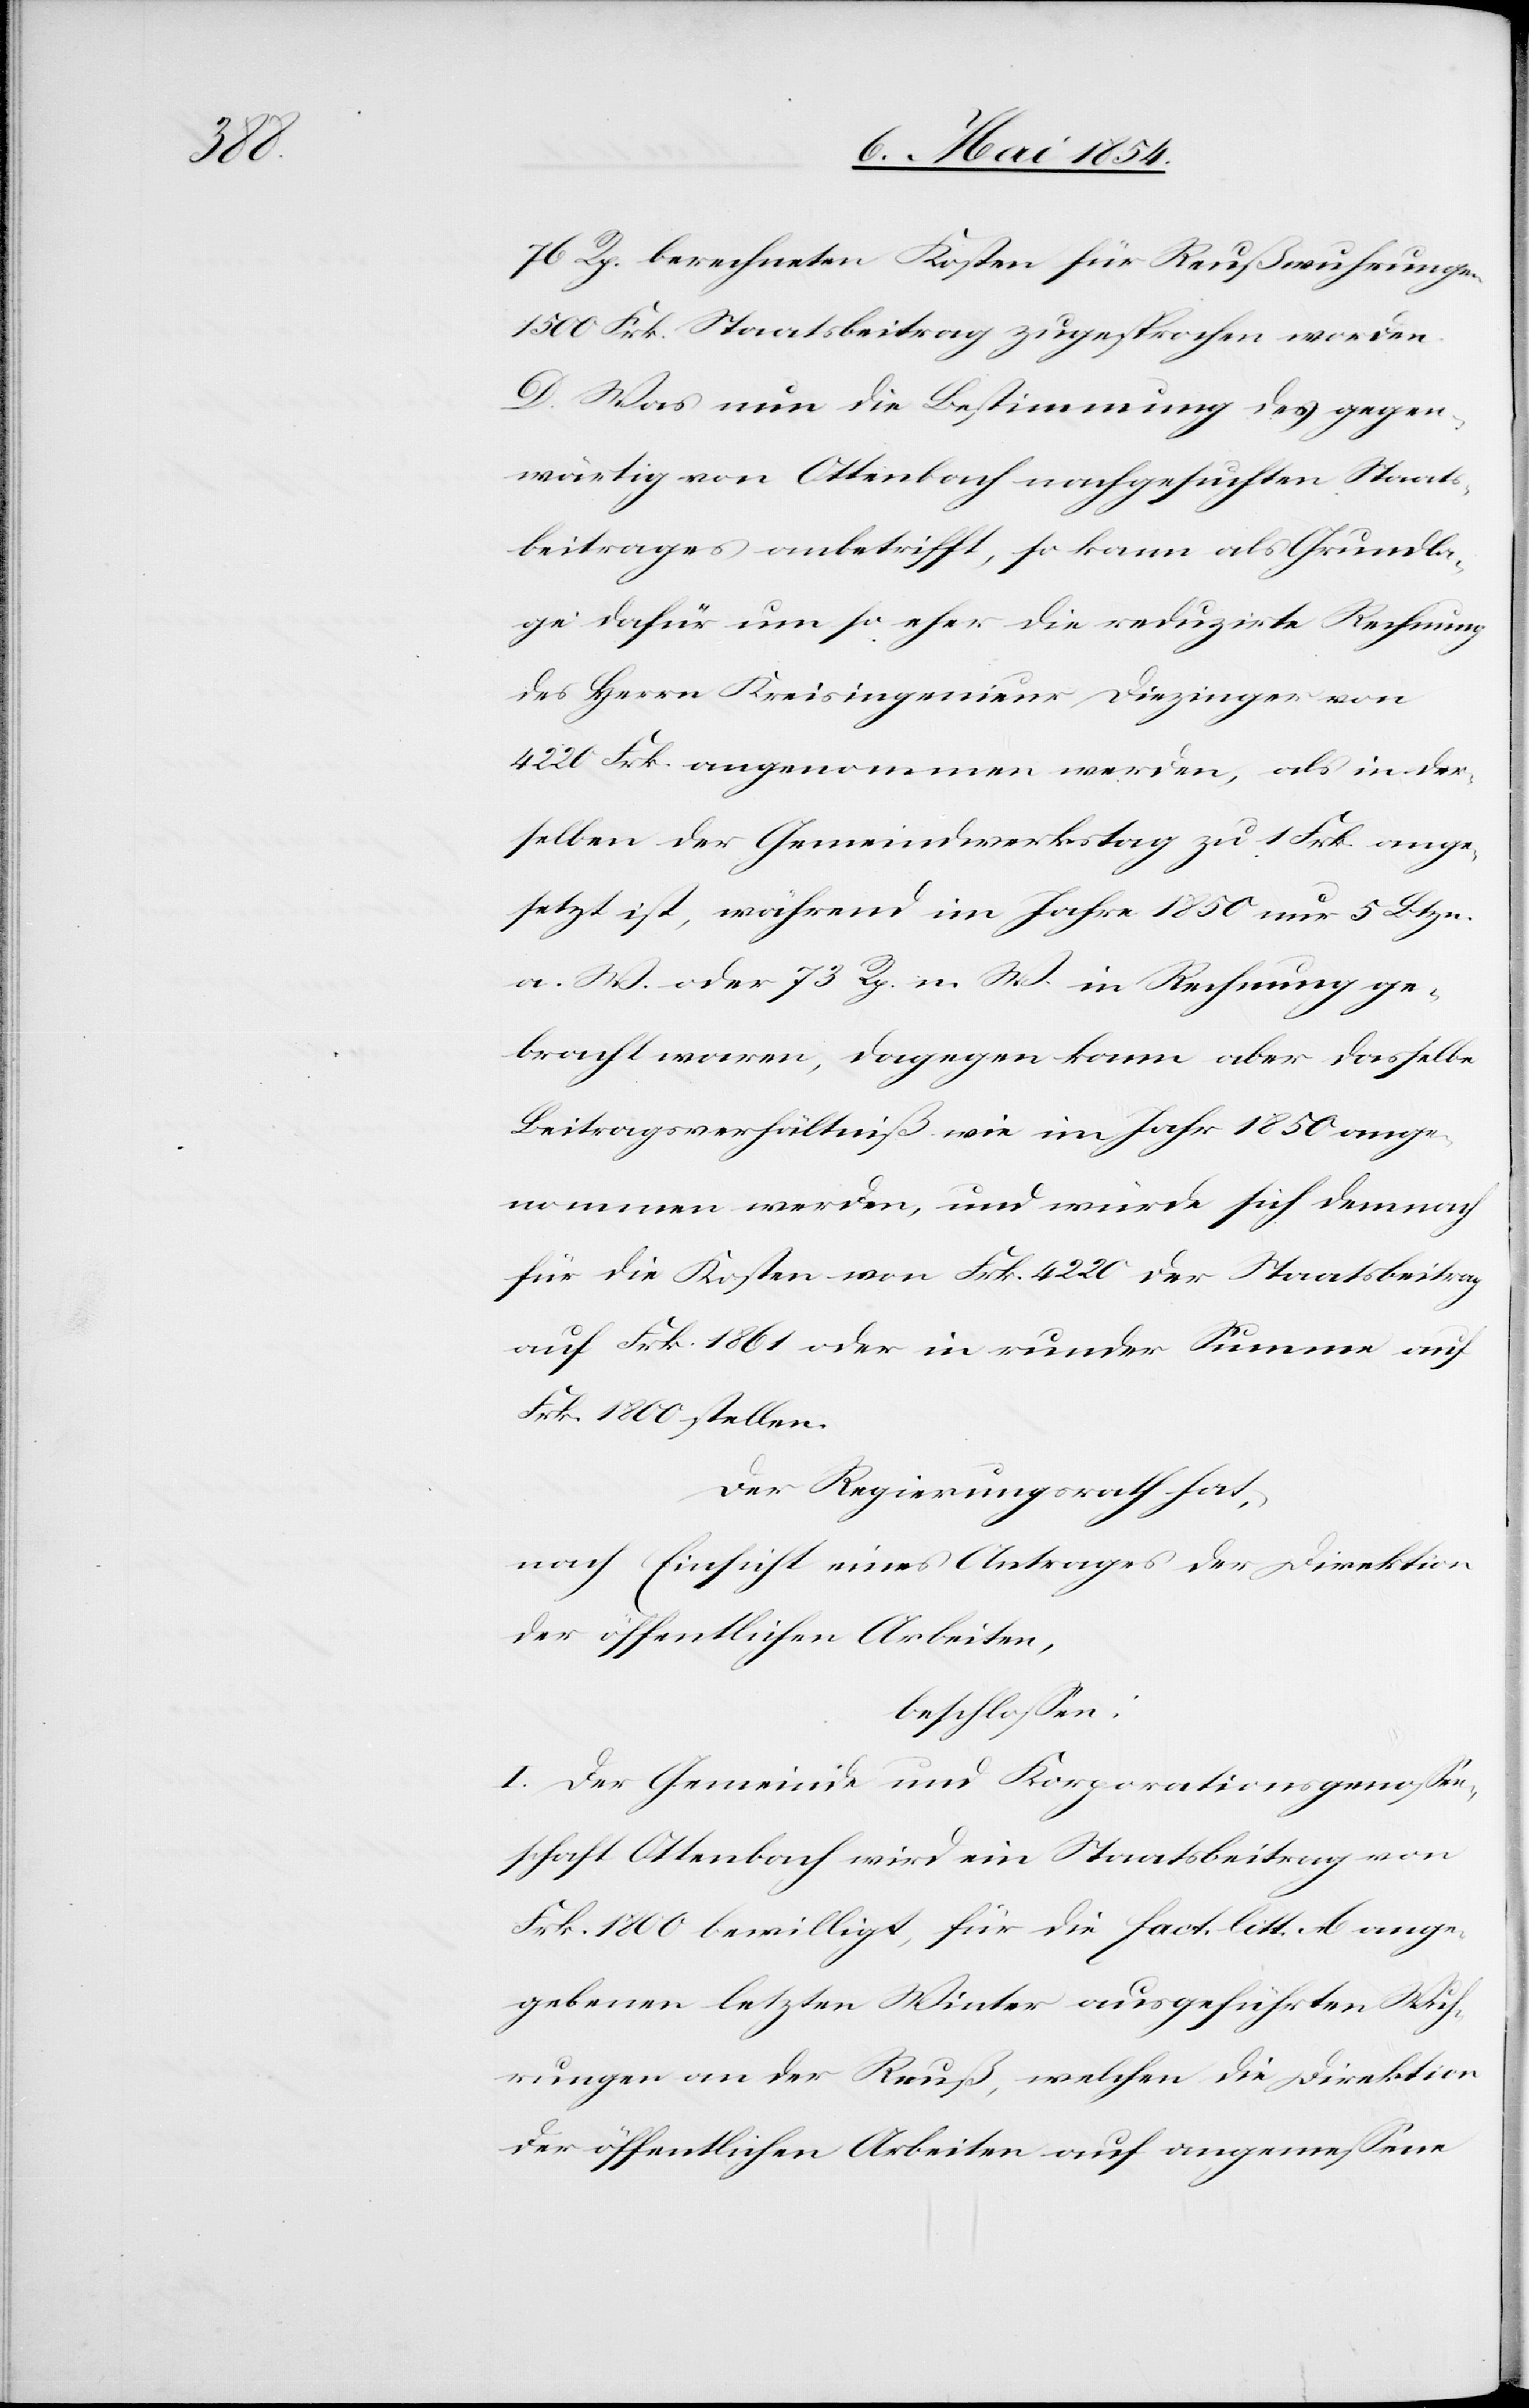
76 Rp. berechneten Kosten für Reußwuhrungen
1500 Frk. Staatsbeitrag zugesprochen worden.
D. Was nun die Bestimmung des gegen¬
wärtig von Ottenbach nachgesuchten Staats¬
beitrages anbetrifft, so kann als Grundla¬
ge dafür um so eher die reduzirte Rechnung
des Herrn Kreisingenieur Diezinger von
4220 Frk. angenommen werden, als in der¬
selben der Gemeindwerkstag zu 1 Frk. ange¬
setzt ist, während im Jahre 1850 nur 5 Btzn.
a. W. oder 73 Rp. n. W. in Rechnung ge¬
bracht waren, dagegen kann aber dasselbe
Beitragsverhältniß wie im Jahr 1850 ange¬
nommen werden, und würde sich demnach
für die Kosten von Frk. 4220 der Staatsbeitrag
auf Frk. 1862 oder in runder Summe auf
Frk. 1800 stellen.
Der Regierungsrath hat,
nach Einsicht eines Antrages der Direktion
der öffentlichen Arbeiten,
beschloßen:
I. Der Gemeinde und Korporationsgenoßen¬
schaft Ottenbach wird ein Staatsbeitrag von
Frk. 1800 bewilligt, für die fact. litt. A. ange¬
gebenen letzten Winter ausgeführten Wuh¬
rungen an der Reuß, welchen die Direktion
der öffentlichen Arbeiten auf angemeßene